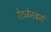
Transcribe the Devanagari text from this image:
रेटजेनबर्ग